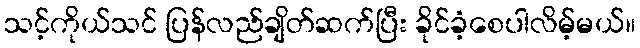
သင့်ကိုယ်သင် ပြန်လည်ချိတ်ဆက်ပြီး ခိုင်ခံ့စေပါလိမ့်မယ်။